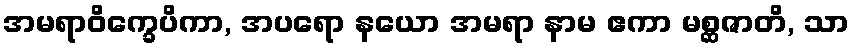
အမရာဝိက္ခေပိကာ, အပရော နယော အမရာ နာမ ဧကာ မစ္ဆဇာတိ, သာ